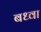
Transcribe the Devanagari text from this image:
बध्वा